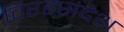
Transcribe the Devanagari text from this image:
विरहसंदेश